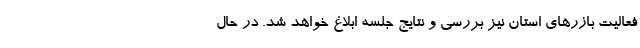
فعالیت بازرهای استان نیز بررسی و نتایج جلسه ابلاغ خواهد شد. در حال